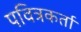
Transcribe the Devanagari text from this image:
पवित्रकर्ता